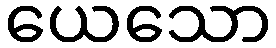
ယေသော